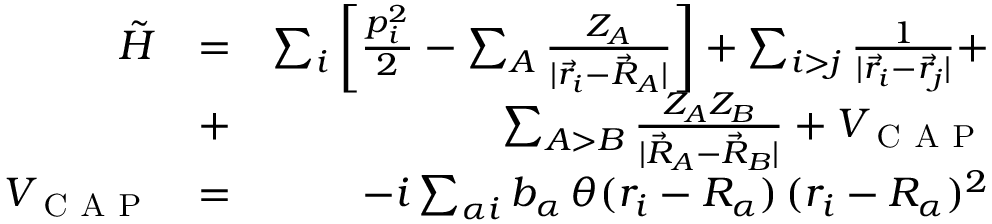
\begin{array} { r l r } { \tilde { H } } & { = } & { \sum _ { i } \left[ \frac { p _ { i } ^ { 2 } } { 2 } - \sum _ { A } \frac { Z _ { A } } { | \vec { r } _ { i } - \vec { R } _ { A } | } \right] + \sum _ { i > j } \frac { 1 } { | \vec { r } _ { i } - \vec { r } _ { j } | } + } \\ & { + } & { \sum _ { A > B } \frac { Z _ { A } Z _ { B } } { | \vec { R } _ { A } - \vec { R } _ { B } | } + V _ { \textsc { C A P } } } \\ { V _ { \textsc { C A P } } } & { = } & { - i \sum _ { \alpha i } b _ { \alpha } \, \theta ( r _ { i } - R _ { \alpha } ) \, ( r _ { i } - R _ { \alpha } ) ^ { 2 } } \end{array}